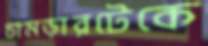
চামড়ারটেকে